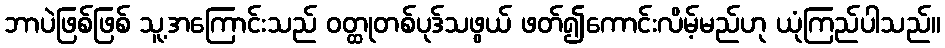
ဘာပဲဖြစ်ဖြစ် သူ့အကြောင်းသည် ဝတ္ထုတစ်ပုဒ်သဖွယ် ဖတ်၍ကောင်းလိမ့်မည်ဟု ယုံကြည်ပါသည်။